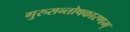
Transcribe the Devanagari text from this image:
गुरुसन्तोषकारणम्